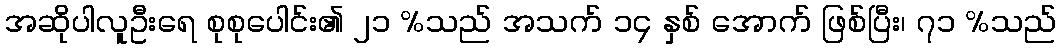
အဆိုပါလူဦးရေ စုစုပေါင်း၏ ၂၁ %သည် အသက် ၁၄ နှစ် အောက် ဖြစ်ပြီး၊ ၇၁ %သည်